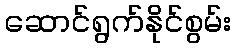
ဆောင်ရွက်နိုင်စွမ်း